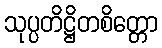
သုပ္ပတိဋ္ဌိတစိတ္တော